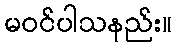
မဝင်ပါသနည်း။